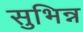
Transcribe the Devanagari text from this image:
सुभिन्न